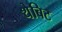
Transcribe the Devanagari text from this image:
थेबिट